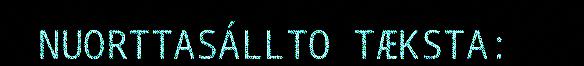
NUORTTASÁLLTO TÆKSTA: